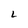
Character: 2